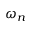
\omega _ { n }